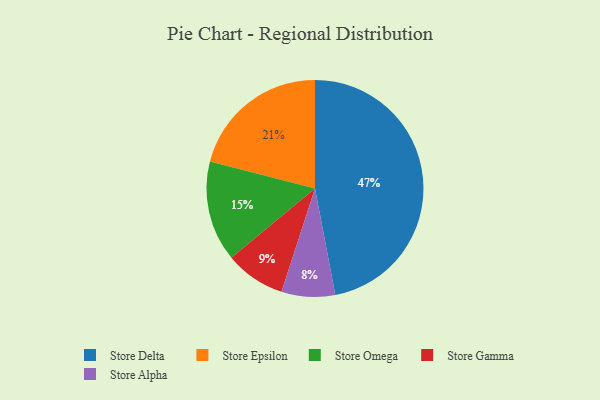
{"axis": {"x": "Category", "y": "Percentage"}, "legend": ["Store Alpha", "Store Delta", "Store Epsilon", "Store Gamma", "Store Omega"], "data": [{"x": "Store Delta", "y": 47, "type": "Store Delta"}, {"x": "Store Alpha", "y": 8, "type": "Store Alpha"}, {"x": "Store Gamma", "y": 9, "type": "Store Gamma"}, {"x": "Store Omega", "y": 15, "type": "Store Omega"}, {"x": "Store Epsilon", "y": 21, "type": "Store Epsilon"}]}